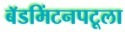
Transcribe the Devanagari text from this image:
बॅडमिंटनपटूला